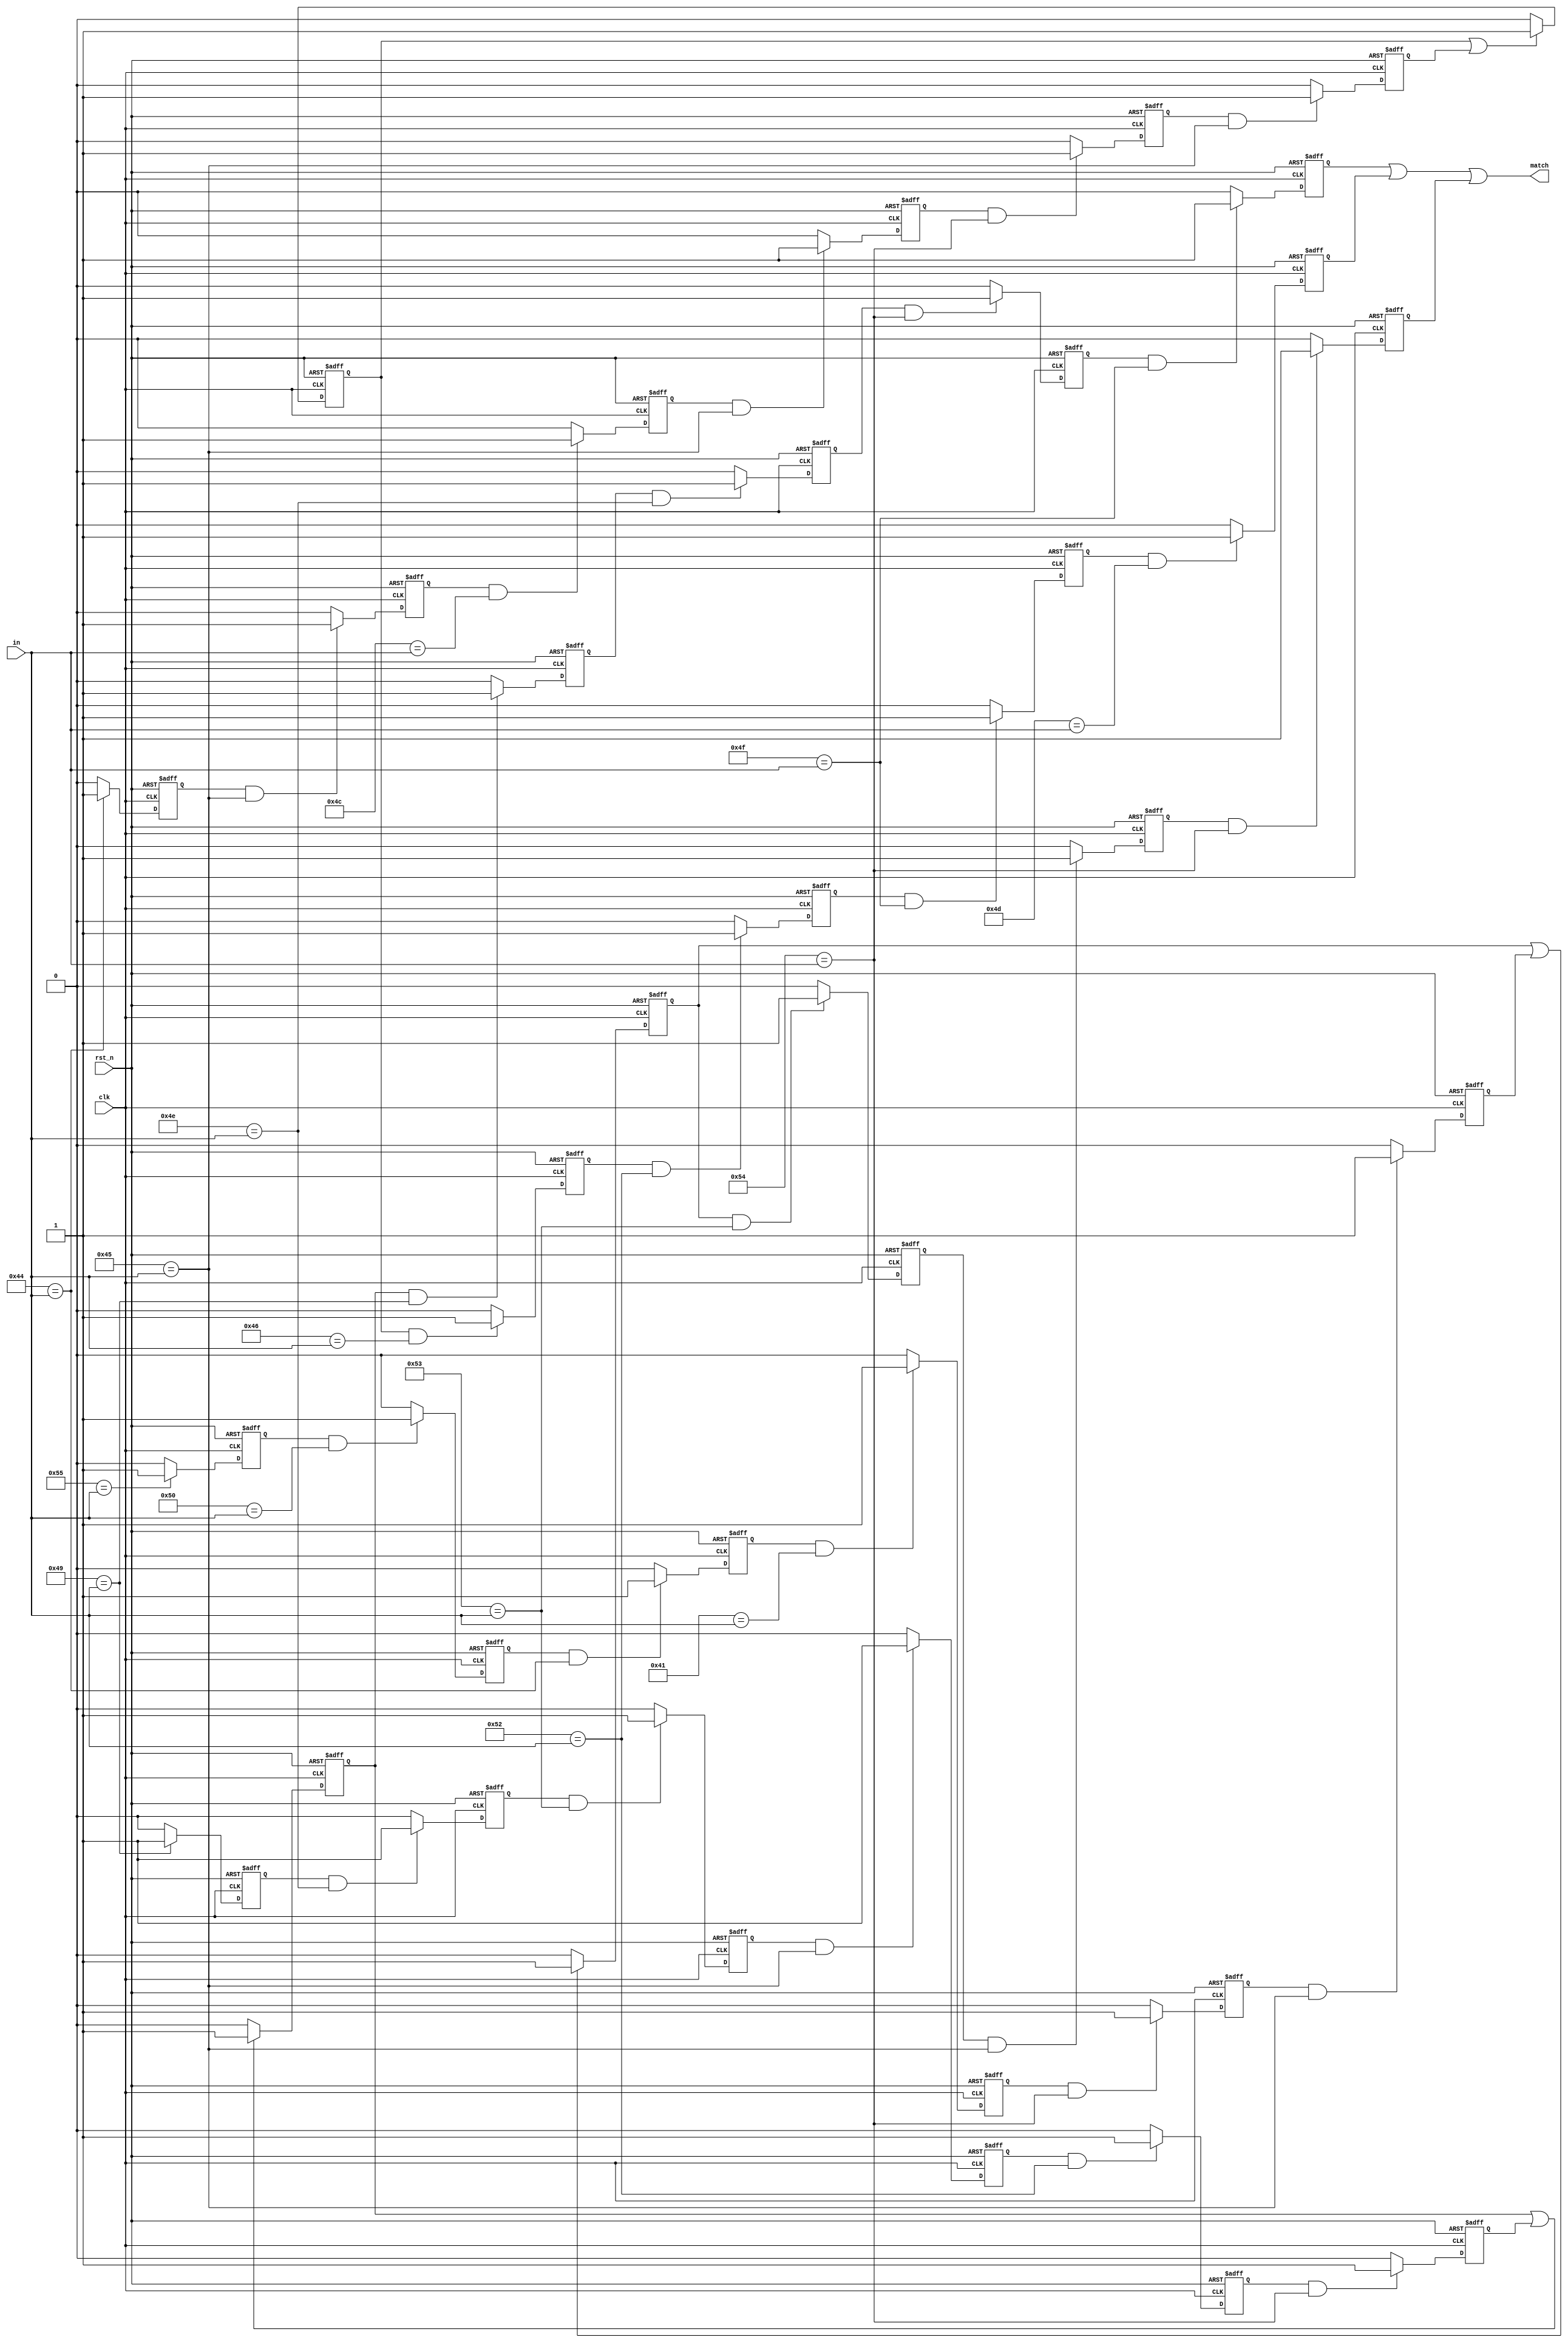
module re(input wire clk, input wire rst_n, input wire [7:0] in, output wire match);

reg reg_0;
always @(posedge clk or negedge rst_n) begin
    if (rst_n == 0) begin
        reg_0 <= 'd0;
    end else begin
        if (('d73 == in))
            reg_0 <= 'd1;
        else if (~(('d73 == in)))
            reg_0 <= 'd0;
    end
end

reg reg_1;
always @(posedge clk or negedge rst_n) begin
    if (rst_n == 0) begin
        reg_1 <= 'd0;
    end else begin
        if ((reg_0 & ('d78 == in)))
            reg_1 <= 'd1;
        else if (~((reg_0 & ('d78 == in))))
            reg_1 <= 'd0;
    end
end

reg reg_2;
always @(posedge clk or negedge rst_n) begin
    if (rst_n == 0) begin
        reg_2 <= 'd0;
    end else begin
        if ((reg_1 & ('d83 == in)))
            reg_2 <= 'd1;
        else if (~((reg_1 & ('d83 == in))))
            reg_2 <= 'd0;
    end
end

reg reg_3;
always @(posedge clk or negedge rst_n) begin
    if (rst_n == 0) begin
        reg_3 <= 'd0;
    end else begin
        if ((reg_2 & ('d69 == in)))
            reg_3 <= 'd1;
        else if (~((reg_2 & ('d69 == in))))
            reg_3 <= 'd0;
    end
end

reg reg_4;
always @(posedge clk or negedge rst_n) begin
    if (rst_n == 0) begin
        reg_4 <= 'd0;
    end else begin
        if ((reg_3 & ('d82 == in)))
            reg_4 <= 'd1;
        else if (~((reg_3 & ('d82 == in))))
            reg_4 <= 'd0;
    end
end

reg reg_5;
always @(posedge clk or negedge rst_n) begin
    if (rst_n == 0) begin
        reg_5 <= 'd0;
    end else begin
        if ((reg_4 & ('d84 == in)))
            reg_5 <= 'd1;
        else if (~((reg_4 & ('d84 == in))))
            reg_5 <= 'd0;
    end
end

reg reg_6;
always @(posedge clk or negedge rst_n) begin
    if (rst_n == 0) begin
        reg_6 <= 'd0;
    end else begin
        if ((reg_6 | reg_5))
            reg_6 <= 'd1;
        else if (~((reg_6 | reg_5)))
            reg_6 <= 'd0;
    end
end

reg reg_7;
always @(posedge clk or negedge rst_n) begin
    if (rst_n == 0) begin
        reg_7 <= 'd0;
    end else begin
        if ((reg_6 & ('d73 == in)))
            reg_7 <= 'd1;
        else if (~((reg_6 & ('d73 == in))))
            reg_7 <= 'd0;
    end
end

reg reg_8;
always @(posedge clk or negedge rst_n) begin
    if (rst_n == 0) begin
        reg_8 <= 'd0;
    end else begin
        if ((reg_7 & ('d78 == in)))
            reg_8 <= 'd1;
        else if (~((reg_7 & ('d78 == in))))
            reg_8 <= 'd0;
    end
end

reg reg_9;
always @(posedge clk or negedge rst_n) begin
    if (rst_n == 0) begin
        reg_9 <= 'd0;
    end else begin
        if ((reg_8 & ('d84 == in)))
            reg_9 <= 'd1;
        else if (~((reg_8 & ('d84 == in))))
            reg_9 <= 'd0;
    end
end

reg reg_10;
always @(posedge clk or negedge rst_n) begin
    if (rst_n == 0) begin
        reg_10 <= 'd0;
    end else begin
        if ((reg_9 & ('d79 == in)))
            reg_10 <= 'd1;
        else if (~((reg_9 & ('d79 == in))))
            reg_10 <= 'd0;
    end
end

reg reg_11;
always @(posedge clk or negedge rst_n) begin
    if (rst_n == 0) begin
        reg_11 <= 'd0;
    end else begin
        if (('d68 == in))
            reg_11 <= 'd1;
        else if (~(('d68 == in)))
            reg_11 <= 'd0;
    end
end

reg reg_12;
always @(posedge clk or negedge rst_n) begin
    if (rst_n == 0) begin
        reg_12 <= 'd0;
    end else begin
        if ((reg_11 & ('d69 == in)))
            reg_12 <= 'd1;
        else if (~((reg_11 & ('d69 == in))))
            reg_12 <= 'd0;
    end
end

reg reg_13;
always @(posedge clk or negedge rst_n) begin
    if (rst_n == 0) begin
        reg_13 <= 'd0;
    end else begin
        if ((reg_12 & ('d76 == in)))
            reg_13 <= 'd1;
        else if (~((reg_12 & ('d76 == in))))
            reg_13 <= 'd0;
    end
end

reg reg_14;
always @(posedge clk or negedge rst_n) begin
    if (rst_n == 0) begin
        reg_14 <= 'd0;
    end else begin
        if ((reg_13 & ('d69 == in)))
            reg_14 <= 'd1;
        else if (~((reg_13 & ('d69 == in))))
            reg_14 <= 'd0;
    end
end

reg reg_15;
always @(posedge clk or negedge rst_n) begin
    if (rst_n == 0) begin
        reg_15 <= 'd0;
    end else begin
        if ((reg_14 & ('d84 == in)))
            reg_15 <= 'd1;
        else if (~((reg_14 & ('d84 == in))))
            reg_15 <= 'd0;
    end
end

reg reg_16;
always @(posedge clk or negedge rst_n) begin
    if (rst_n == 0) begin
        reg_16 <= 'd0;
    end else begin
        if ((reg_15 & ('d69 == in)))
            reg_16 <= 'd1;
        else if (~((reg_15 & ('d69 == in))))
            reg_16 <= 'd0;
    end
end

reg reg_17;
always @(posedge clk or negedge rst_n) begin
    if (rst_n == 0) begin
        reg_17 <= 'd0;
    end else begin
        if ((reg_17 | reg_16))
            reg_17 <= 'd1;
        else if (~((reg_17 | reg_16)))
            reg_17 <= 'd0;
    end
end

reg reg_18;
always @(posedge clk or negedge rst_n) begin
    if (rst_n == 0) begin
        reg_18 <= 'd0;
    end else begin
        if ((reg_17 & ('d70 == in)))
            reg_18 <= 'd1;
        else if (~((reg_17 & ('d70 == in))))
            reg_18 <= 'd0;
    end
end

reg reg_19;
always @(posedge clk or negedge rst_n) begin
    if (rst_n == 0) begin
        reg_19 <= 'd0;
    end else begin
        if ((reg_18 & ('d82 == in)))
            reg_19 <= 'd1;
        else if (~((reg_18 & ('d82 == in))))
            reg_19 <= 'd0;
    end
end

reg reg_20;
always @(posedge clk or negedge rst_n) begin
    if (rst_n == 0) begin
        reg_20 <= 'd0;
    end else begin
        if ((reg_19 & ('d79 == in)))
            reg_20 <= 'd1;
        else if (~((reg_19 & ('d79 == in))))
            reg_20 <= 'd0;
    end
end

reg reg_21;
always @(posedge clk or negedge rst_n) begin
    if (rst_n == 0) begin
        reg_21 <= 'd0;
    end else begin
        if ((reg_20 & ('d77 == in)))
            reg_21 <= 'd1;
        else if (~((reg_20 & ('d77 == in))))
            reg_21 <= 'd0;
    end
end

reg reg_22;
always @(posedge clk or negedge rst_n) begin
    if (rst_n == 0) begin
        reg_22 <= 'd0;
    end else begin
        if (('d85 == in))
            reg_22 <= 'd1;
        else if (~(('d85 == in)))
            reg_22 <= 'd0;
    end
end

reg reg_23;
always @(posedge clk or negedge rst_n) begin
    if (rst_n == 0) begin
        reg_23 <= 'd0;
    end else begin
        if ((reg_22 & ('d80 == in)))
            reg_23 <= 'd1;
        else if (~((reg_22 & ('d80 == in))))
            reg_23 <= 'd0;
    end
end

reg reg_24;
always @(posedge clk or negedge rst_n) begin
    if (rst_n == 0) begin
        reg_24 <= 'd0;
    end else begin
        if ((reg_23 & ('d68 == in)))
            reg_24 <= 'd1;
        else if (~((reg_23 & ('d68 == in))))
            reg_24 <= 'd0;
    end
end

reg reg_25;
always @(posedge clk or negedge rst_n) begin
    if (rst_n == 0) begin
        reg_25 <= 'd0;
    end else begin
        if ((reg_24 & ('d65 == in)))
            reg_25 <= 'd1;
        else if (~((reg_24 & ('d65 == in))))
            reg_25 <= 'd0;
    end
end

reg reg_26;
always @(posedge clk or negedge rst_n) begin
    if (rst_n == 0) begin
        reg_26 <= 'd0;
    end else begin
        if ((reg_25 & ('d84 == in)))
            reg_26 <= 'd1;
        else if (~((reg_25 & ('d84 == in))))
            reg_26 <= 'd0;
    end
end

reg reg_27;
always @(posedge clk or negedge rst_n) begin
    if (rst_n == 0) begin
        reg_27 <= 'd0;
    end else begin
        if ((reg_26 & ('d69 == in)))
            reg_27 <= 'd1;
        else if (~((reg_26 & ('d69 == in))))
            reg_27 <= 'd0;
    end
end

reg reg_28;
always @(posedge clk or negedge rst_n) begin
    if (rst_n == 0) begin
        reg_28 <= 'd0;
    end else begin
        if ((reg_28 | reg_27))
            reg_28 <= 'd1;
        else if (~((reg_28 | reg_27)))
            reg_28 <= 'd0;
    end
end

reg reg_29;
always @(posedge clk or negedge rst_n) begin
    if (rst_n == 0) begin
        reg_29 <= 'd0;
    end else begin
        if ((reg_28 & ('d83 == in)))
            reg_29 <= 'd1;
        else if (~((reg_28 & ('d83 == in))))
            reg_29 <= 'd0;
    end
end

reg reg_30;
always @(posedge clk or negedge rst_n) begin
    if (rst_n == 0) begin
        reg_30 <= 'd0;
    end else begin
        if ((reg_29 & ('d69 == in)))
            reg_30 <= 'd1;
        else if (~((reg_29 & ('d69 == in))))
            reg_30 <= 'd0;
    end
end

reg reg_31;
always @(posedge clk or negedge rst_n) begin
    if (rst_n == 0) begin
        reg_31 <= 'd0;
    end else begin
        if ((reg_30 & ('d84 == in)))
            reg_31 <= 'd1;
        else if (~((reg_30 & ('d84 == in))))
            reg_31 <= 'd0;
    end
end

assign match = (reg_10 | reg_21 | reg_31);

endmodule